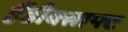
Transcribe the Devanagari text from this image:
हैंडीक्त्राफ्ट